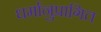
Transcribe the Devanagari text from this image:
धर्मानुप्रागित